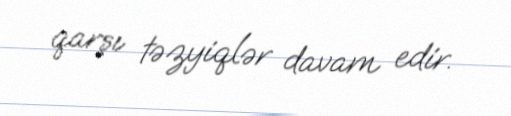
qarşı təzyiqlər davam edir.